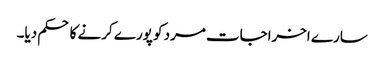
سارے اخراجات مرد کو پورے کرنے کا حکم دیا۔